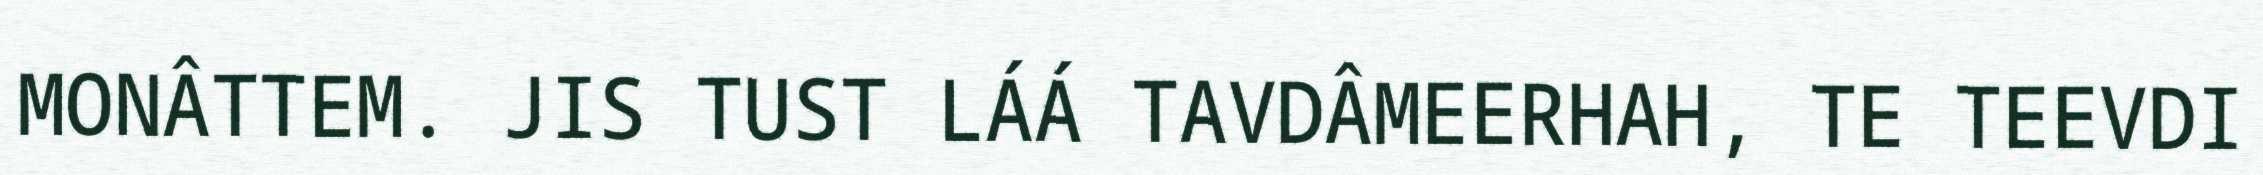
MONÂTTEM. JIS TUST LÁÁ TAVDÂMEERHAH, TE TEEVDI